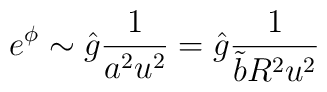
e^{\phi} \sim \hat{g} \frac{1}{a^{2}u^{2}}  =\hat{g} \frac{1}{\tilde{b}R^{2} u^{2}}